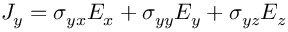
J _ { y } = \sigma _ { y x } E _ { x } + \sigma _ { y y } E _ { y } + \sigma _ { y z } E _ { z }